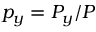
p _ { y } = P _ { y } / P